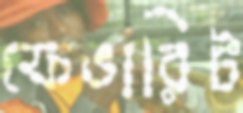
ফেভারিট